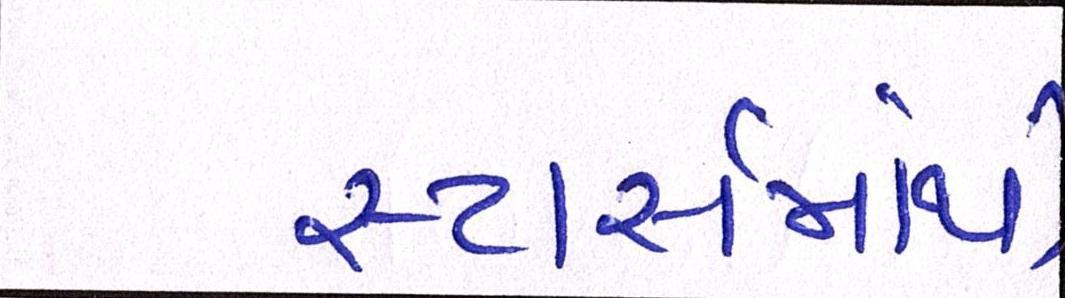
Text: સ્ટાર્સમાંથી